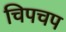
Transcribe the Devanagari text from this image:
चिपचप